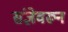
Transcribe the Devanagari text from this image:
संज्ञेवरून